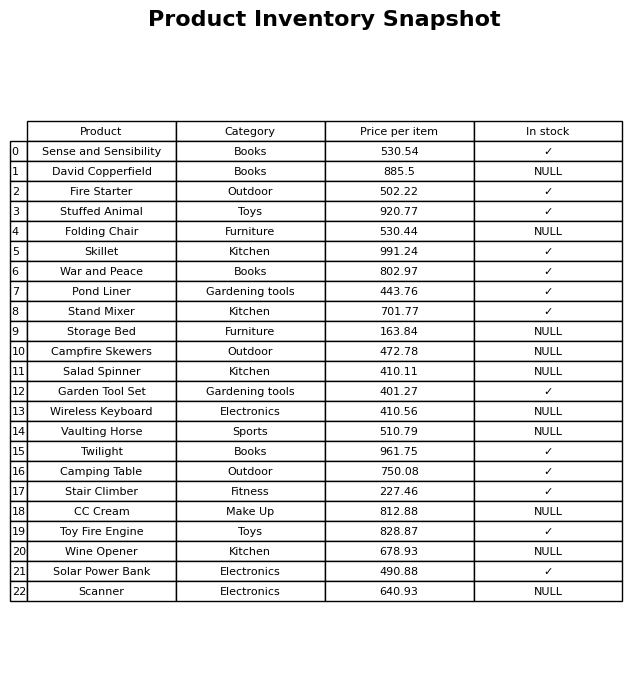
question: What is the price for Vaulting Horse?
answer: The price of Vaulting Horse is 510.79.